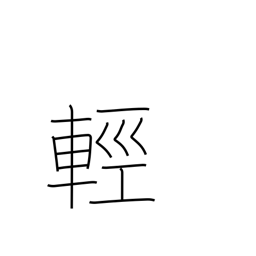
Meaning: gentle